Lunatic asylums Central Provinces reports 1886-1894 - 1886-1894
Year: 1886
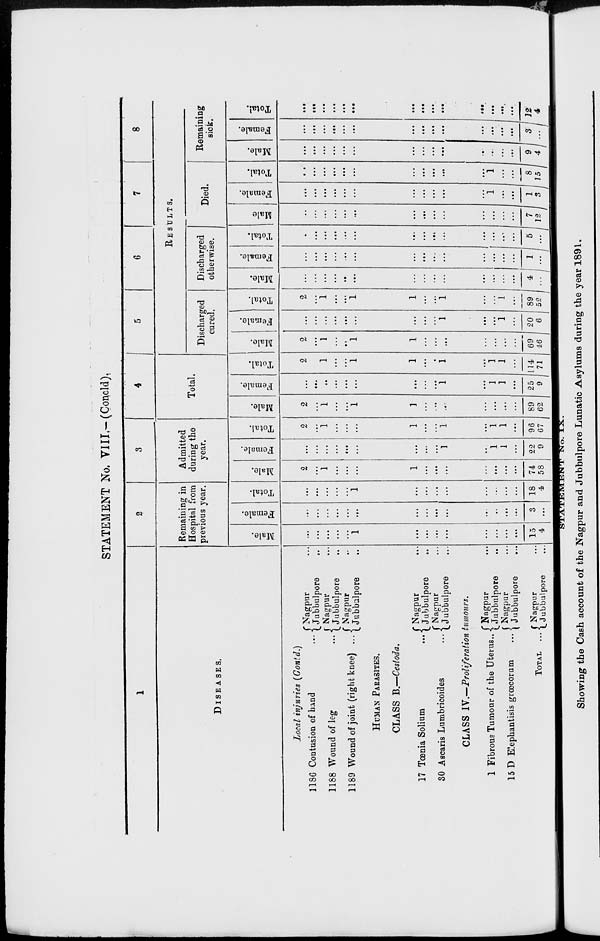
STATEMENT No. VIII.—(Concld).
1
DISEASES.
Local injuries (Contd.)
1186 Contusion of hand ...
1188 Wound of leg ...
1189 Wound of joint (right knee) ...
Nagpur ...
Jubbulpore
...
Nagpur ...
Jubbulpore ...
Nagpur ...
Jubbalpore ...
HUMAN PARASITES.
CLASS B.—Cestoda.
17 Tœnia Solium
...
30 Ascaris Lumbricoides
...
Nagpur ...
Jubbulpore ...
Nagpur ...
Jubbulpore ...
CLASS IV.—Proliferation tumours.
1 Fibrous Tumour of the Uterus ...
15 D Elephantisis grœcorum ...
TOTAL
...
Nagpur ...
Jubbulpore ...
Nagpur ...
Jubbulpore ...
Nagpur ...
Jubbulpore ...
2
Remaining in
Hospital from
previous year.
Male.
...
...
...
...
...
1
...
...
...
...
...
...
...
...
15
4
Female.
...
...
...
...
...
...
...
...
...
...
...
...
...
...
3
...
Total.
...
...
...
...
...
1
...
...
...
...
...
...
...
...
18
4
3
Admitted
during the
year.
Male.
2
...
1
...
...
...
1
...
...
...
...
...
...
...
74
58
Female.
...
...
...
...
...
...
...
...
...
1
...
1
1
...
22
9
Total.
2
...
1
...
...
...
1
...
...
1
...
1
1
...
96
67
4
Total.
Male.
2
...
1
...
...
1
1
...
...
...
...
...
...
...
89
62
Female.
...
...
...
...
...
...
...
...
...
1
...
1
1
...
25
9
Total.
2
...
1
...
...
1
1
...
...
1
...
1
1
...
114
71
5
6
7
8
RESULTS.
Discharged
cured.
Male.
2
...
1
...
...
1
1
...
...
...
...
...
...
...
69
46
Female.
...
...
...
...
...
...
...
...
...
1
...
...
1
...
20
6
Total.
2
...
1
...
...
1
1
...
...
1
...
...
1
...
89
52
Discharged
otherwise.
Male.
...
...
...
...
...
...
...
...
...
...
...
...
...
...
4
...
Female.
...
...
...
...
...
...
...
...
...
...
...
...
...
...
1
...
Total.
...
...
...
...
...
...
...
...
...
...
...
...
...
...
5
...
Died.
Male
...
...
...
...
...
...
...
...
...
...
...
...
...
...
7
12
Female.
...
...
...
...
...
...
...
...
...
...
...
1
...
...
1
3
Total.
...
...
...
...
...
...
...
...
...
...
...
1
...
...
8
15
Remaining
sick.
Male.
...
...
...
...
...
...
...
...
...
...
...
...
...
...
9
4
Female.
...
...
...
...
...
...
...
...
...
...
...
...
...
...
3
...
Total.
...
...
...
...
...
...
...
...
...
...
...
...
...
...
12
4